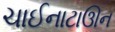
ચાઈનાટાઊન